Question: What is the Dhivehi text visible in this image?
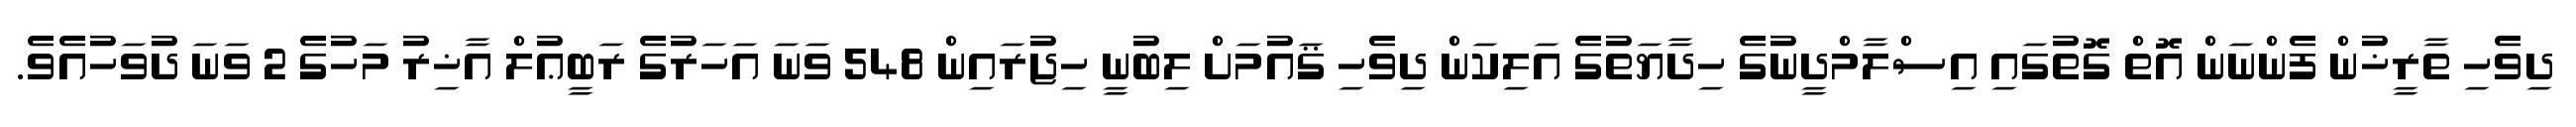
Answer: ދިވެހި ތާރީޚުން ފެންނަން އޮތް ގޮތުގައި އިސްލާމްދީނުގެ ހިދާޔަތުގެ އަލިކަން ދިވެހި ޤައުމަށް ލިބުނީ ހިޖުރައިން 548 ވަނަ އަހަރުގެ ރަބީޢުލް އާޚިރު މަހުގެ 2 ވަނަ ދުވަހުއެވެ.